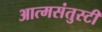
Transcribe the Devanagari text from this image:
आत्मसंतुस्टी